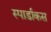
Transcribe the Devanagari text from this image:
स्पार्डाकस